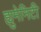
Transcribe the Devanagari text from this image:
ह्युमेनिटी